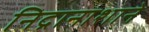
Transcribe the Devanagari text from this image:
निद्रानाशाने